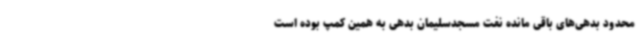
محدود بدهی‌های باقی مانده نفت مسجدسلیمان بدهی به همین کمپ بوده است